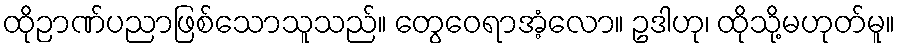
ထိုဉာဏ်ပညာဖြစ်သောသူသည်။ တွေဝေရာအံ့လော။ ဥဒါဟု၊ ထိုသို့မဟုတ်မူ။